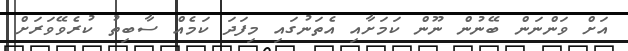
އަށް ވަންނަން ބޭނުން ނޫން ކަމަށާއި އެތަނުގައި މިފަދަ ކަމެއް ސާބިތު ކުރެވޭވަރަށް